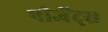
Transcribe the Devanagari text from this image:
पीजेंट्स